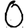
Digit: 0